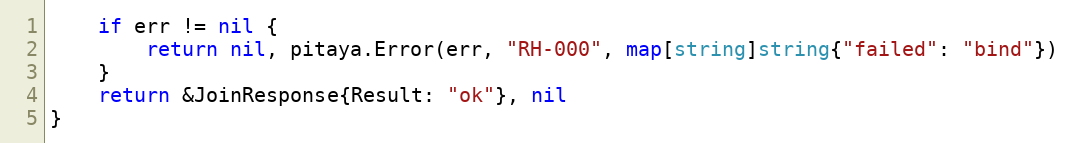
Language: Go
	if err != nil {
		return nil, pitaya.Error(err, "RH-000", map[string]string{"failed": "bind"})
	}
	return &JoinResponse{Result: "ok"}, nil
}